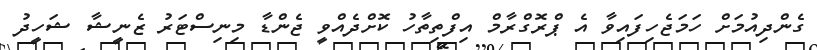
ގެންދިއުމަށް ހަމަޖެހިފައިވާ އެ ޕްރޮގްރާމް އިފްތިތާހު ކޮށްދެއްވީ ޖެންޑާ މިނިސްޓަރު ޒެނީޝާ ޝަހީދު